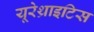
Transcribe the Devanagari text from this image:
यूरेथ्राइटिस